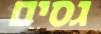
גסים